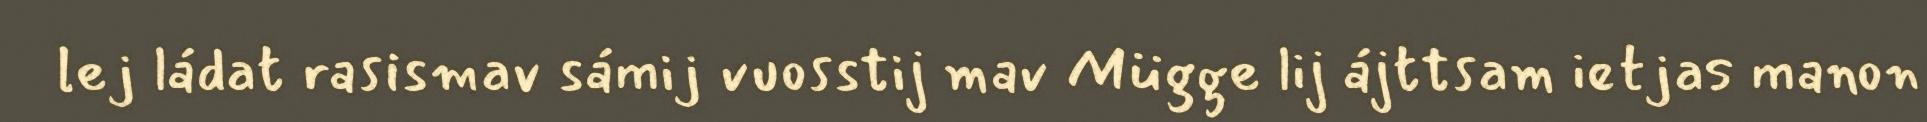
lej ládat rasismav sámij vuosstij mav Mügge lij ájttsam ietjas manon